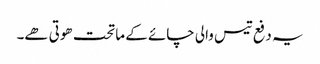
یہ دفع تیس والی چائے کے ماتحت ھوتی ھے۔